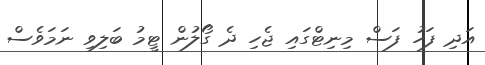
އަދި ފަހު ފަސް މިނިޓްގައި ޖެހި ދެ ގޯލުން ޓީމު ބަލިވި ނަމަވެސް